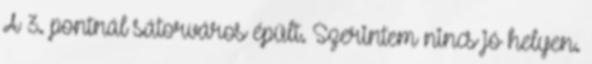
A 3. pontnál sátorváros épült. Szerintem nincs jó helyen.